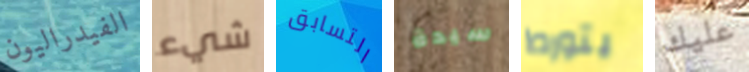
الفيدراليون شيء التسابق سيدة يتورط عليك